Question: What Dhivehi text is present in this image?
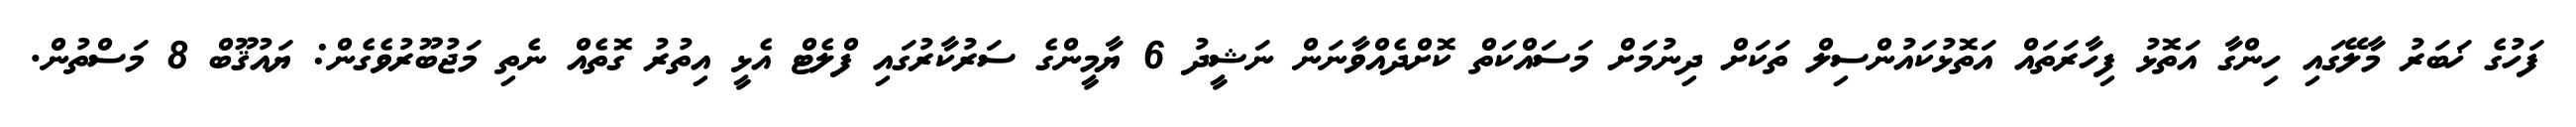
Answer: ފަހުގެ ޚަބަރު މާލޭގައި ހިންގާ އަތޮޅު ފިހާރަތައް އަތޮޅުކައުންސިލް ތަކަށް ދިނުމަށް މަސައްކަތް ކޮށްދެއްވާނަން ނަޝީދު 6 ޔާމީންގެ ސަރުކާރުގައި ފްލެޓް އެޅީ އިތުރު ގޮތެއް ނެތި މަޖުބޫރުވެގެން: ޔައުޤޫބް 8 މަސްތުން.